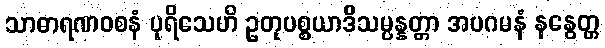
သာဓာရဏဝစနံ ပုရိသေဟိ ဥတုပစ္စယာဒိသမ္ပန္နတ္တာ အပဂမနံ နနွေတ္ထ